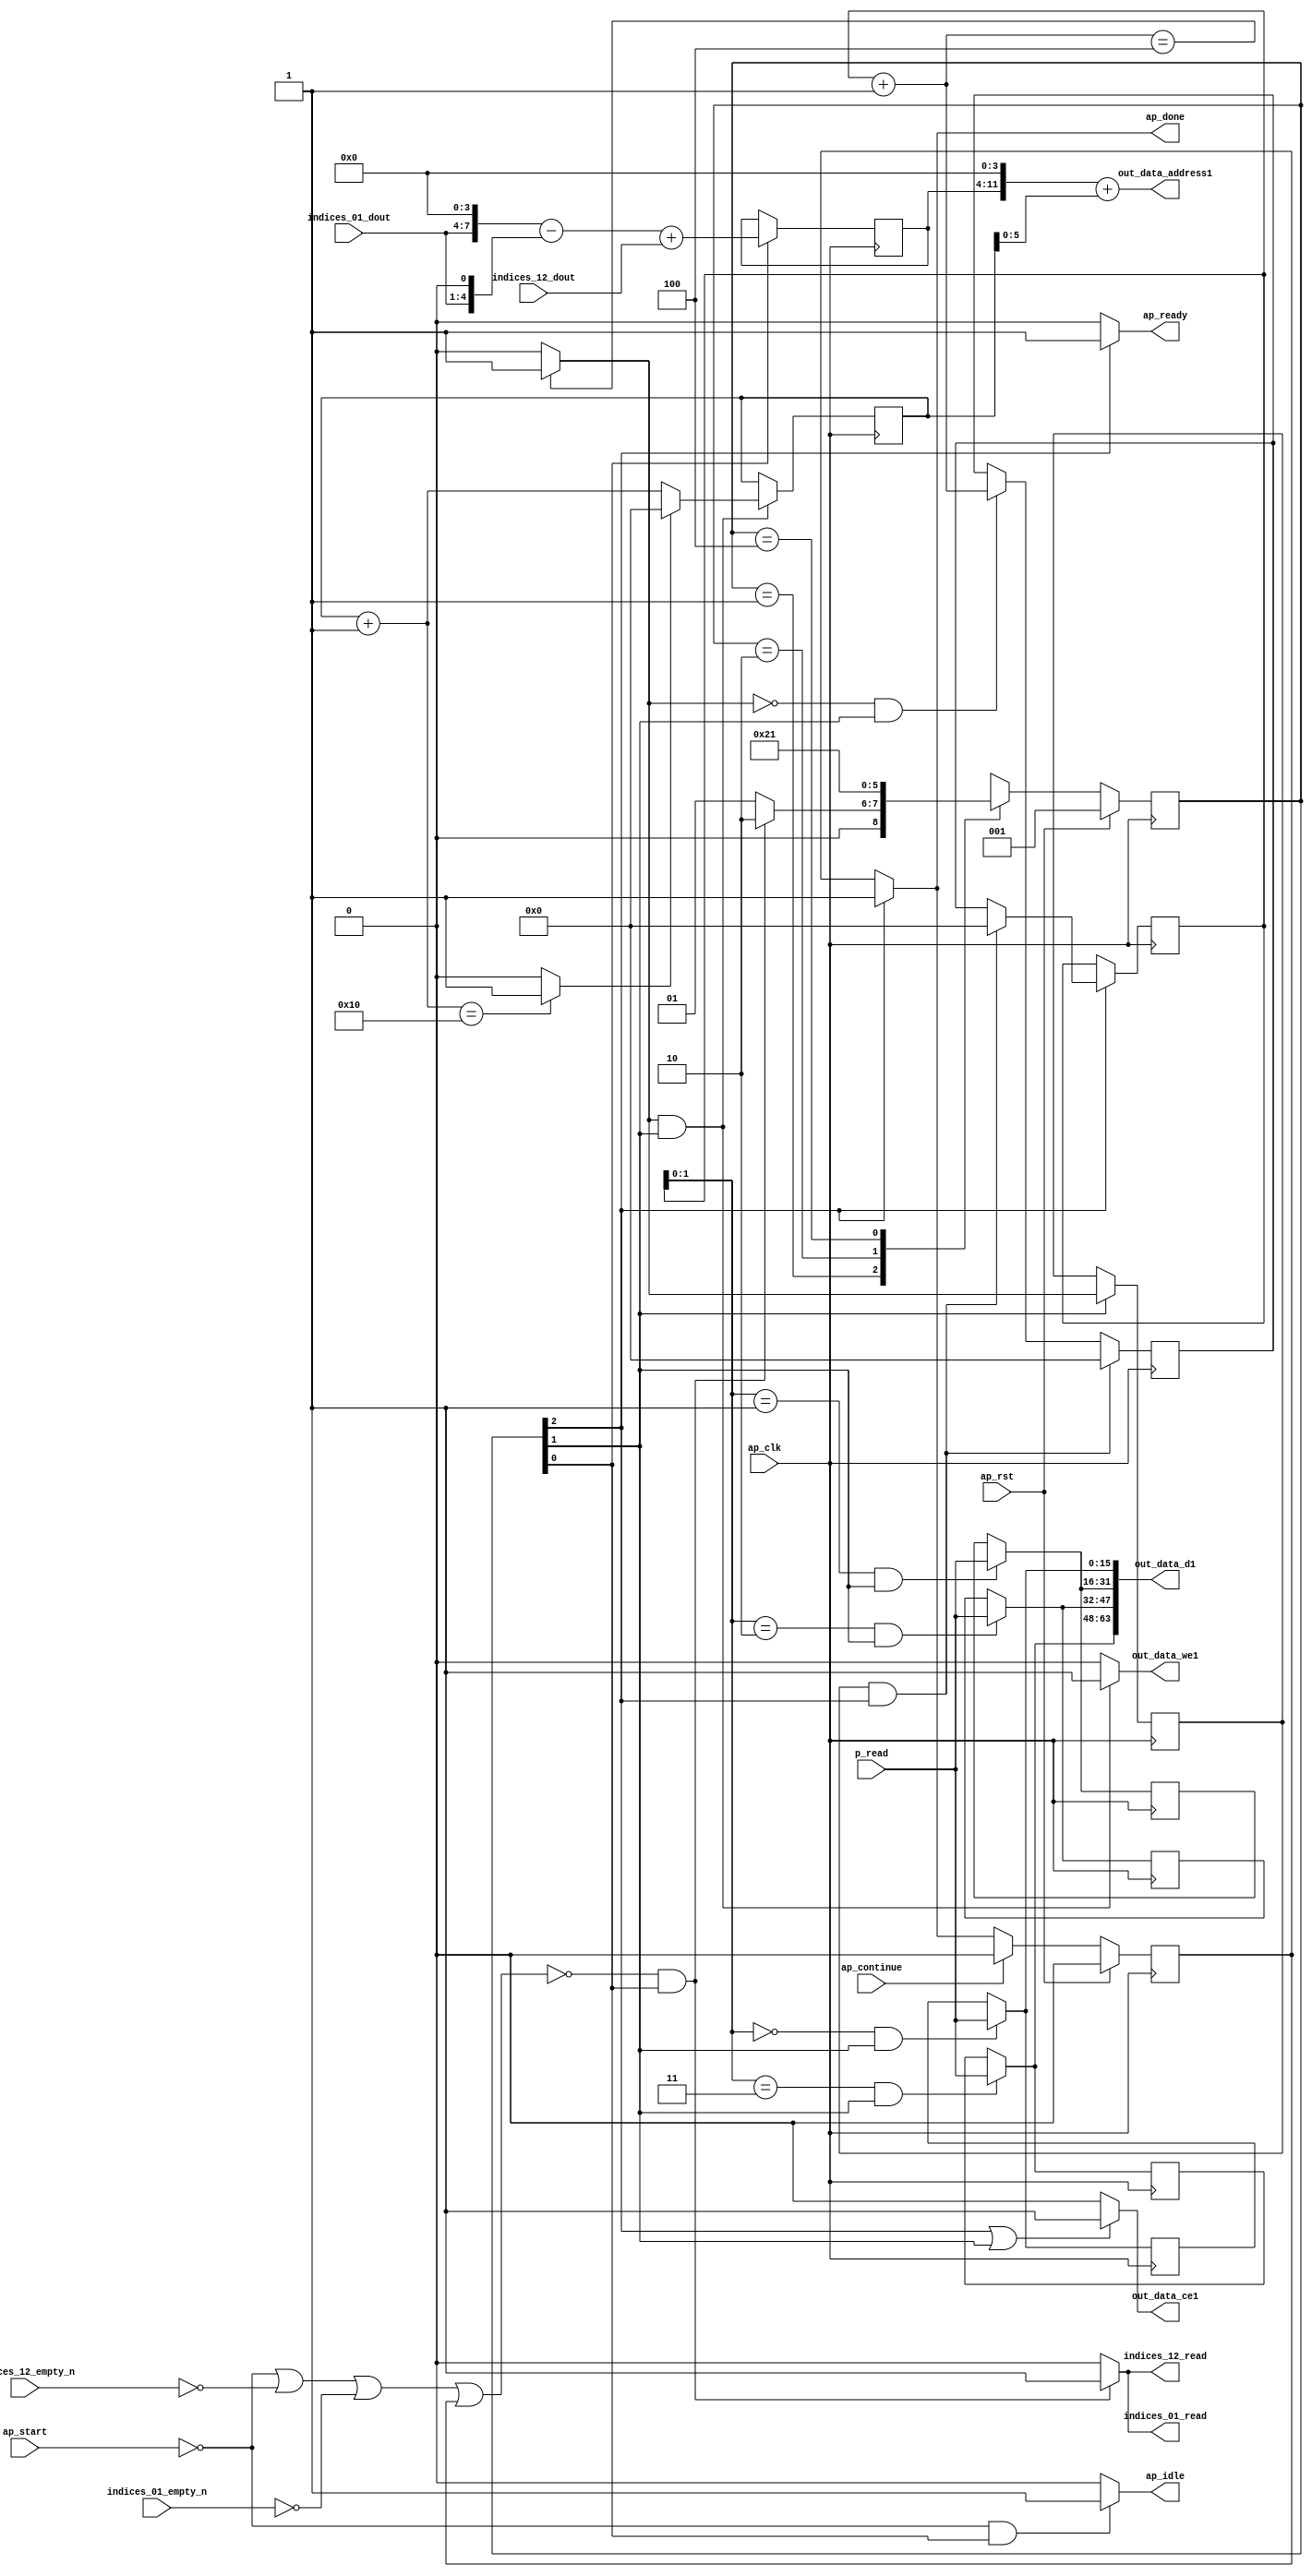
`define EXPONENT 5
`define MANTISSA 10
`define ACTUAL_MANTISSA 11
`define EXPONENT_LSB 10
`define EXPONENT_MSB 14
`define MANTISSA_LSB 0
`define MANTISSA_MSB 9
`define MANTISSA_MUL_SPLIT_LSB 3
`define MANTISSA_MUL_SPLIT_MSB 9
`define SIGN 1
`define SIGN_LOC 15
`define DWIDTH (`SIGN+`EXPONENT+`MANTISSA)
`define IEEE_COMPLIANCE 1

module td_fused_top_tdf9_writeOutputs_unaligned (
        ap_clk,
        ap_rst,
        ap_start,
        ap_done,
        ap_continue,
        ap_idle,
        ap_ready,
        indices_01_dout,
        indices_01_empty_n,
        indices_01_read,
        indices_12_dout,
        indices_12_empty_n,
        indices_12_read,
        p_read,
        out_data_address1,
        out_data_ce1,
        out_data_we1,
        out_data_d1
);

parameter    ap_ST_fsm_state1 = 3'd1;
parameter    ap_ST_fsm_state2 = 3'd2;
parameter    ap_ST_fsm_state3 = 3'd4;

input   ap_clk;
input   ap_rst;
input   ap_start;
output   ap_done;
input   ap_continue;
output   ap_idle;
output   ap_ready;
input  [3:0] indices_01_dout;
input   indices_01_empty_n;
output   indices_01_read;
input  [7:0] indices_12_dout;
input   indices_12_empty_n;
output   indices_12_read;
input  [15:0] p_read;
output  [11:0] out_data_address1;
output   out_data_ce1;
output   out_data_we1;
output  [63:0] out_data_d1;

reg ap_done;
reg ap_idle;
reg ap_ready;
reg indices_01_read;
reg indices_12_read;
reg out_data_ce1;
reg out_data_we1;

reg    ap_done_reg;
  reg   [2:0] ap_CS_fsm;
wire    ap_CS_fsm_state1;
reg   [15:0] outputCount;
reg   [15:0] outputChanIdx;
reg   [15:0] outputRow_0;
reg   [15:0] outputRow_1;
reg   [15:0] outputRow_2;
reg   [15:0] outputRow_3;
reg    indices_01_blk_n;
reg    indices_12_blk_n;
wire   [7:0] add_ln94_fu_147_p2;
reg   [7:0] add_ln94_reg_304;
wire   [15:0] add_ln87_fu_192_p2;
wire    ap_CS_fsm_state2;
wire   [0:0] icmp_ln88_fu_198_p2;
reg   [0:0] icmp_ln88_reg_317;
reg   [15:0] ap_phi_mux_empty_phi_fu_114_p4;
reg   [15:0] empty_reg_111;
wire    ap_CS_fsm_state3;
wire   [63:0] zext_ln94_2_fu_226_p1;
wire   [15:0] select_ln97_fu_284_p3;
wire   [1:0] trunc_ln86_fu_164_p1;
reg   [15:0] ap_sig_allocacmp_outputRow_0_load;
reg   [15:0] ap_sig_allocacmp_outputRow_1_load;
reg   [15:0] ap_sig_allocacmp_outputRow_2_load;
reg   [15:0] ap_sig_allocacmp_outputRow_3_load;
reg    ap_block_state1;
wire   [4:0] tmp_1_fu_129_p3;
wire   [7:0] tmp_fu_121_p3;
wire   [7:0] zext_ln94_fu_137_p1;
wire   [7:0] sub_ln94_fu_141_p2;
wire   [5:0] trunc_ln94_fu_212_p1;
wire   [11:0] tmp_3_cast_fu_153_p3;
wire   [11:0] zext_ln94_1_fu_216_p1;
wire   [11:0] add_ln94_1_fu_220_p2;
wire   [15:0] bitcast_ln94_3_fu_255_p1;
wire   [15:0] bitcast_ln94_2_fu_247_p1;
wire   [15:0] bitcast_ln94_1_fu_239_p1;
wire   [15:0] bitcast_ln94_fu_231_p1;
wire   [15:0] add_ln96_fu_272_p2;
wire   [0:0] icmp_ln97_fu_278_p2;
reg   [2:0] ap_NS_fsm;
wire    ap_ce_reg;

// power-on initialization
initial begin
#0 ap_done_reg = 1'b0;
#0 ap_CS_fsm = 3'd1;
#0 outputCount = 16'd0;
#0 outputChanIdx = 16'd0;
#0 outputRow_0 = 16'd0;
#0 outputRow_1 = 16'd0;
#0 outputRow_2 = 16'd0;
#0 outputRow_3 = 16'd0;
end

always @ (posedge ap_clk) begin
    if (ap_rst == 1'b1) begin
        ap_CS_fsm <= ap_ST_fsm_state1;
    end else begin
        ap_CS_fsm <= ap_NS_fsm;
    end
end

always @ (posedge ap_clk) begin
    if (ap_rst == 1'b1) begin
        ap_done_reg <= 1'b0;
    end else begin
        if ((ap_continue == 1'b1)) begin
            ap_done_reg <= 1'b0;
        end else if ((1'b1 == ap_CS_fsm_state3)) begin
            ap_done_reg <= 1'b1;
        end
    end
end

always @ (posedge ap_clk) begin
    if (((icmp_ln88_reg_317 == 1'd1) & (1'b1 == ap_CS_fsm_state3))) begin
        empty_reg_111 <= 16'd0;
    end else if (((icmp_ln88_fu_198_p2 == 1'd0) & (1'b1 == ap_CS_fsm_state2))) begin
        empty_reg_111 <= add_ln87_fu_192_p2;
    end
end

always @ (posedge ap_clk) begin
    if ((1'b1 == ap_CS_fsm_state1)) begin
        add_ln94_reg_304 <= add_ln94_fu_147_p2;
    end
end

always @ (posedge ap_clk) begin
    if ((1'b1 == ap_CS_fsm_state2)) begin
        icmp_ln88_reg_317 <= icmp_ln88_fu_198_p2;
    end
end

always @ (posedge ap_clk) begin
    if (((icmp_ln88_fu_198_p2 == 1'd1) & (1'b1 == ap_CS_fsm_state2))) begin
        outputChanIdx <= select_ln97_fu_284_p3;
    end
end

always @ (posedge ap_clk) begin
    if ((1'b1 == ap_CS_fsm_state3)) begin
        outputCount <= ap_phi_mux_empty_phi_fu_114_p4;
    end
end

always @ (posedge ap_clk) begin
    if (((trunc_ln86_fu_164_p1 == 2'd0) & (1'b1 == ap_CS_fsm_state2))) begin
        outputRow_0 <= p_read;
    end
end

always @ (posedge ap_clk) begin
    if (((trunc_ln86_fu_164_p1 == 2'd1) & (1'b1 == ap_CS_fsm_state2))) begin
        outputRow_1 <= p_read;
    end
end

always @ (posedge ap_clk) begin
    if (((trunc_ln86_fu_164_p1 == 2'd2) & (1'b1 == ap_CS_fsm_state2))) begin
        outputRow_2 <= p_read;
    end
end

always @ (posedge ap_clk) begin
    if (((trunc_ln86_fu_164_p1 == 2'd3) & (1'b1 == ap_CS_fsm_state2))) begin
        outputRow_3 <= p_read;
    end
end

always @ (*) begin
    if ((1'b1 == ap_CS_fsm_state3)) begin
        ap_done = 1'b1;
    end else begin
        ap_done = ap_done_reg;
    end
end

always @ (*) begin
    if (((ap_start == 1'b0) & (1'b1 == ap_CS_fsm_state1))) begin
        ap_idle = 1'b1;
    end else begin
        ap_idle = 1'b0;
    end
end

always @ (*) begin
    if (((icmp_ln88_reg_317 == 1'd1) & (1'b1 == ap_CS_fsm_state3))) begin
        ap_phi_mux_empty_phi_fu_114_p4 = 16'd0;
    end else begin
        ap_phi_mux_empty_phi_fu_114_p4 = empty_reg_111;
    end
end

always @ (*) begin
    if ((1'b1 == ap_CS_fsm_state3)) begin
        ap_ready = 1'b1;
    end else begin
        ap_ready = 1'b0;
    end
end

always @ (*) begin
    if (((trunc_ln86_fu_164_p1 == 2'd0) & (1'b1 == ap_CS_fsm_state2))) begin
        ap_sig_allocacmp_outputRow_0_load = p_read;
    end else begin
        ap_sig_allocacmp_outputRow_0_load = outputRow_0;
    end
end

always @ (*) begin
    if (((trunc_ln86_fu_164_p1 == 2'd1) & (1'b1 == ap_CS_fsm_state2))) begin
        ap_sig_allocacmp_outputRow_1_load = p_read;
    end else begin
        ap_sig_allocacmp_outputRow_1_load = outputRow_1;
    end
end

always @ (*) begin
    if (((trunc_ln86_fu_164_p1 == 2'd2) & (1'b1 == ap_CS_fsm_state2))) begin
        ap_sig_allocacmp_outputRow_2_load = p_read;
    end else begin
        ap_sig_allocacmp_outputRow_2_load = outputRow_2;
    end
end

always @ (*) begin
    if (((trunc_ln86_fu_164_p1 == 2'd3) & (1'b1 == ap_CS_fsm_state2))) begin
        ap_sig_allocacmp_outputRow_3_load = p_read;
    end else begin
        ap_sig_allocacmp_outputRow_3_load = outputRow_3;
    end
end

always @ (*) begin
    if ((~((ap_start == 1'b0) | (ap_done_reg == 1'b1)) & (1'b1 == ap_CS_fsm_state1))) begin
        indices_01_blk_n = indices_01_empty_n;
    end else begin
        indices_01_blk_n = 1'b1;
    end
end

always @ (*) begin
    if ((~((ap_start == 1'b0) | (indices_12_empty_n == 1'b0) | (indices_01_empty_n == 1'b0) | (ap_done_reg == 1'b1)) & (1'b1 == ap_CS_fsm_state1))) begin
        indices_01_read = 1'b1;
    end else begin
        indices_01_read = 1'b0;
    end
end

always @ (*) begin
    if ((~((ap_start == 1'b0) | (ap_done_reg == 1'b1)) & (1'b1 == ap_CS_fsm_state1))) begin
        indices_12_blk_n = indices_12_empty_n;
    end else begin
        indices_12_blk_n = 1'b1;
    end
end

always @ (*) begin
    if ((~((ap_start == 1'b0) | (indices_12_empty_n == 1'b0) | (indices_01_empty_n == 1'b0) | (ap_done_reg == 1'b1)) & (1'b1 == ap_CS_fsm_state1))) begin
        indices_12_read = 1'b1;
    end else begin
        indices_12_read = 1'b0;
    end
end

always @ (*) begin
    if (((1'b1 == ap_CS_fsm_state3) | (1'b1 == ap_CS_fsm_state2))) begin
        out_data_ce1 = 1'b1;
    end else begin
        out_data_ce1 = 1'b0;
    end
end

always @ (*) begin
    if (((icmp_ln88_fu_198_p2 == 1'd1) & (1'b1 == ap_CS_fsm_state2))) begin
        out_data_we1 = 1'b1;
    end else begin
        out_data_we1 = 1'b0;
    end
end

always @ (*) begin
    case (ap_CS_fsm)
        ap_ST_fsm_state1 : begin
            if ((~((ap_start == 1'b0) | (indices_12_empty_n == 1'b0) | (indices_01_empty_n == 1'b0) | (ap_done_reg == 1'b1)) & (1'b1 == ap_CS_fsm_state1))) begin
                ap_NS_fsm = ap_ST_fsm_state2;
            end else begin
                ap_NS_fsm = ap_ST_fsm_state1;
            end
        end
        ap_ST_fsm_state2 : begin
            ap_NS_fsm = ap_ST_fsm_state3;
        end
        ap_ST_fsm_state3 : begin
            ap_NS_fsm = ap_ST_fsm_state1;
        end
        default : begin
            ap_NS_fsm = 'bx;
        end
    endcase
end

assign add_ln87_fu_192_p2 = (outputCount + 16'd1);

assign add_ln94_1_fu_220_p2 = (tmp_3_cast_fu_153_p3 + zext_ln94_1_fu_216_p1);

assign add_ln94_fu_147_p2 = (sub_ln94_fu_141_p2 + indices_12_dout);

assign add_ln96_fu_272_p2 = (outputChanIdx + 16'd1);

assign ap_CS_fsm_state1 = ap_CS_fsm[32'd0];

assign ap_CS_fsm_state2 = ap_CS_fsm[32'd1];

assign ap_CS_fsm_state3 = ap_CS_fsm[32'd2];

always @ (*) begin
    ap_block_state1 = ((ap_start == 1'b0) | (indices_12_empty_n == 1'b0) | (indices_01_empty_n == 1'b0) | (ap_done_reg == 1'b1));
end

assign bitcast_ln94_1_fu_239_p1 = ap_sig_allocacmp_outputRow_1_load;

assign bitcast_ln94_2_fu_247_p1 = ap_sig_allocacmp_outputRow_2_load;

assign bitcast_ln94_3_fu_255_p1 = ap_sig_allocacmp_outputRow_3_load;

assign bitcast_ln94_fu_231_p1 = ap_sig_allocacmp_outputRow_0_load;

assign icmp_ln88_fu_198_p2 = ((add_ln87_fu_192_p2 == 16'd4) ? 1'b1 : 1'b0);

assign icmp_ln97_fu_278_p2 = ((add_ln96_fu_272_p2 == 16'd16) ? 1'b1 : 1'b0);

assign out_data_address1 = zext_ln94_2_fu_226_p1;

assign out_data_d1 = {{{{bitcast_ln94_3_fu_255_p1}, {bitcast_ln94_2_fu_247_p1}}, {bitcast_ln94_1_fu_239_p1}}, {bitcast_ln94_fu_231_p1}};

assign select_ln97_fu_284_p3 = ((icmp_ln97_fu_278_p2[0:0] == 1'b1) ? 16'd0 : add_ln96_fu_272_p2);

assign sub_ln94_fu_141_p2 = (tmp_fu_121_p3 - zext_ln94_fu_137_p1);

assign tmp_1_fu_129_p3 = {{indices_01_dout}, {1'd0}};

assign tmp_3_cast_fu_153_p3 = {{add_ln94_reg_304}, {4'd0}};

assign tmp_fu_121_p3 = {{indices_01_dout}, {4'd0}};

assign trunc_ln86_fu_164_p1 = outputCount[1:0];

assign trunc_ln94_fu_212_p1 = outputChanIdx[5:0];

assign zext_ln94_1_fu_216_p1 = trunc_ln94_fu_212_p1;

assign zext_ln94_2_fu_226_p1 = add_ln94_1_fu_220_p2;

assign zext_ln94_fu_137_p1 = tmp_1_fu_129_p3;

endmodule //td_fused_top_tdf9_writeOutputs_unaligned